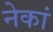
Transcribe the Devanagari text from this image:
नेकां